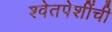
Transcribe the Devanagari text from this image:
श्वेतपेशींची